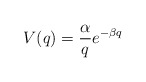
\begin{align*} V(q)=\frac{\alpha}{q} e^{-\beta q}\end{align*}